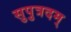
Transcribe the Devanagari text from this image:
सुपुत्रदम्